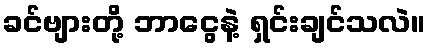
ခင်ဗျားတို့ ဘာငွေနဲ့ ရှင်းချင်သလဲ။